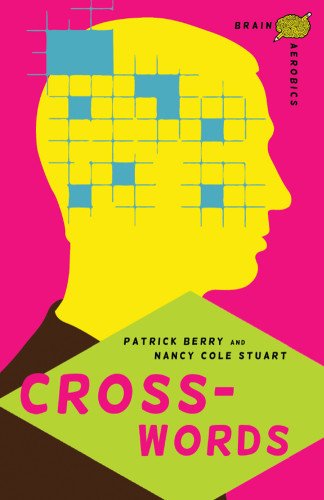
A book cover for Brain Aerobics Crosswords; Patrick Berry; Health, Fitness & Dieting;